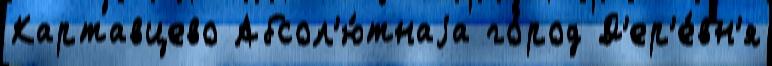
Картавцево Абсол'ю́тнаjа го́род Д'ер'е́вн'я